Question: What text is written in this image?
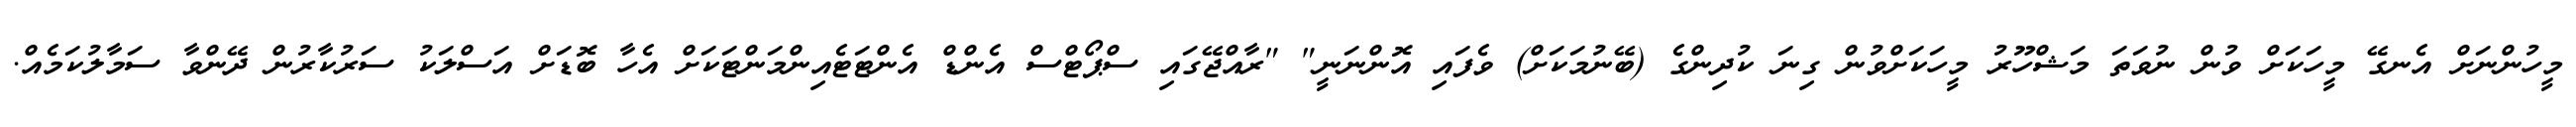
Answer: މީހުންނަށް އެނގޭ މީހަކަށް ވުން ނުވަތަ މަޝްހޫރު މީހަކަށްވުން ގިނަ ކުދިންގެ (ބޭނުމަކަށް) ވެފައި އޮންނަނީ" "ރާއްޖޭގައި ސްޕޯޓްސް އެންޑް އެންޓަޓެއިންމަންޓަކަށް އެހާ ބޮޑަށް އަސްލަކު ސަރުކާރުން ދޭންވާ ސަމާލުކަމެއް.